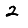
Digit: 2